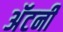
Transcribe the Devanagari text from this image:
अॅटर्नी